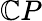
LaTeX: \mathbb{C}P